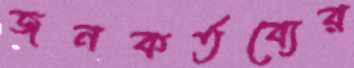
জনকর্তব্যের